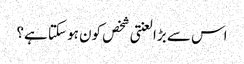
اس سے بڑا لعنتی شخص کون ہو سکتا ہے؟